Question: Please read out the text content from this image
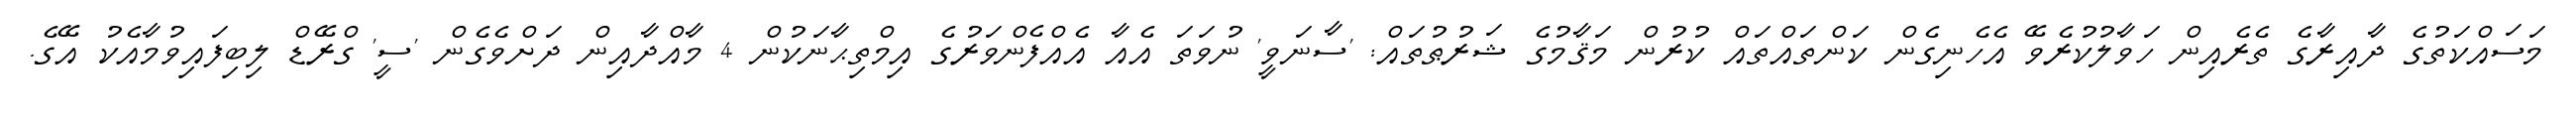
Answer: މަސައްކަތުގެ ދާއިރާގެ ތެރެއިން ހަވާލުކުރެވޭ އެހެނިގެން ކަންތައްތައް ކުރުން މަޤާމުގެ ޝަރުޠުތައް: 'ސާނަވީ' ނުވަތަ އެއާ އެއްފެންވަރުގެ އިމްތިޙާނަކުން 4 މާއްދާއިން ދަށްވެގެން 'ސީ' ގްރޭޑް ލިބިފައިވުމާއެކު އޭގެ.